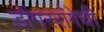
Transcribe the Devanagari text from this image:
डोंगररांगेची